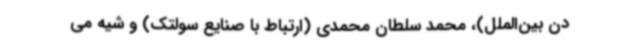
دن بین‌الملل)، محمد سلطان‌ محمدی (ارتباط با صنایع سولتک) و شیه می